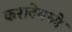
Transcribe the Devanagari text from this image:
कराटेमध्ये